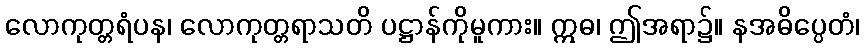
လောကုတ္တရံပန၊ လောကုတ္တရာသတိ ပဋ္ဌာန်ကိုမူကား။ ဣဓ၊ ဤအရာ၌။ နအဓိပ္ပေတံ၊